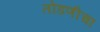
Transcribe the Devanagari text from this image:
तोडणीचा